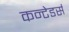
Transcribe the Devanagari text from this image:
कन्टेडर्स